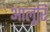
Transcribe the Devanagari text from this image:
आलूरि